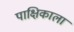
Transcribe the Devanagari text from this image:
पाक्षिकाला